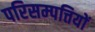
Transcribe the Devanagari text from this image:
परिसम्‍पत्तियों